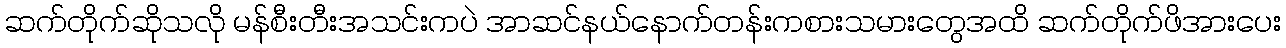
ဆက်တိုက်ဆိုသလို မန်စီးတီးအသင်းကပဲ အာဆင်နယ်နောက်တန်းကစားသမားတွေအထိ ဆက်တိုက်ဖိအားပေး